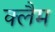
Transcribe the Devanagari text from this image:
क्लैम